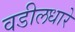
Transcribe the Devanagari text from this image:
वडीलधारे